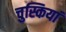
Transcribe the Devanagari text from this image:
चुस्कियां